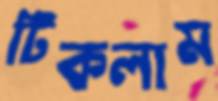
টিকলাম